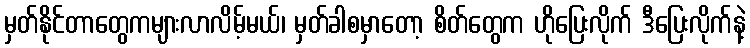
မှတ်နိုင်တာတွေကများလာလိမ့်မယ်၊ မှတ်ခါစမှာတော့ စိတ်တွေက ဟိုပြေးလိုက် ဒီပြေးလိုက်နဲ့